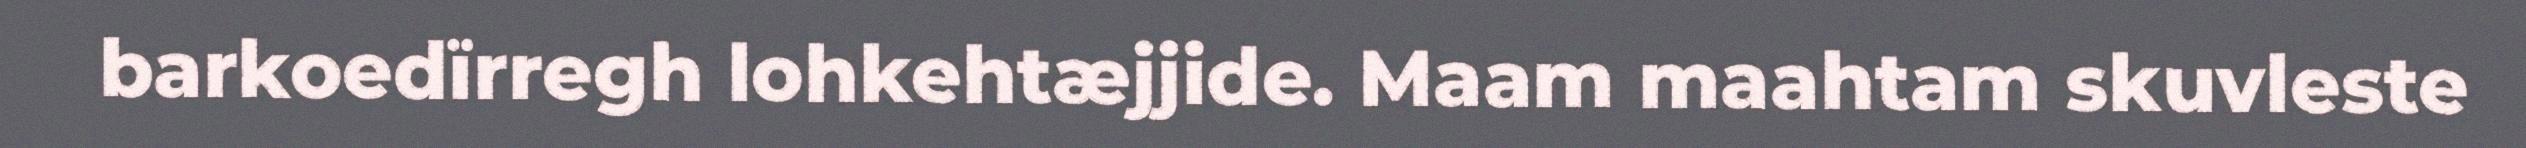
barkoedïrregh lohkehtæjjide. Maam maahtam skuvleste